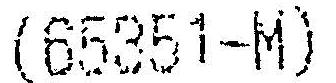
(65351-M)